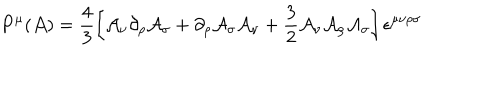
LaTeX: P ^ { \mu } ( { \cal A } ) = \frac { 4 } { 3 } \left[ { \cal A } _ { \nu } \partial _ { \rho } { \cal A } _ { \sigma } + \partial _ { \rho } { \cal A } _ { \sigma } { \cal A } _ { \nu } + \frac { 3 } { 2 } { \cal A } _ { \nu } { \cal A } _ { \rho } { \cal A } _ { \sigma } \right] \epsilon ^ { \mu \nu \rho \sigma }